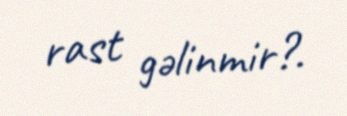
rast gəlinmir?.